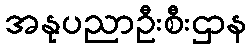
အနုပညာဦးစီးဌာန